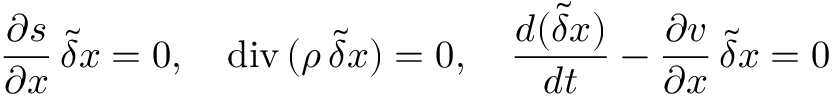
\frac { \partial s } { \partial \boldsymbol { x } } \, \tilde { \delta } \boldsymbol { x } = 0 , \quad \mathrm { d i v } \, ( \rho \, \tilde { \delta } \boldsymbol { x } ) = 0 , \quad \frac { d ( \tilde { \delta } \boldsymbol { x } ) } { d t } - \frac { \partial { \boldsymbol v } } { \partial \boldsymbol { x } } \, \tilde { \delta } \boldsymbol { x } = \boldsymbol { 0 }